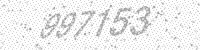
Solution: 997153